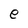
Character: e